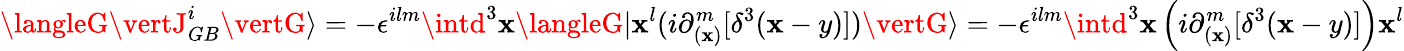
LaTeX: \langleG\vertJ_{GB}^{i}\vertG\rangle=-\epsilon^{ilm}\intd^{3}\mathbf{x}\langleG\vert\mathbf{x}^{l}(i\partial_{(\mathbf{x})}^{m}[\delta^{3}({\mathbf{\mathbf{x}}-y})])\vertG\rangle=-\epsilon^{ilm}\intd^{3}\mathbf{x}\left(i\partial_{(\mathbf{x})}^{m}[\delta^{3}({\mathbf{\mathbf{x}}-y})]\right)\mathbf{x}^{l}